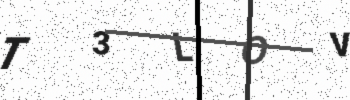
Text: T3LOV